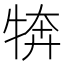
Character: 𭷦